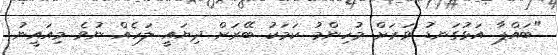
"ބައްޕާ އަޅުގަނޑު ވަރަށް މުހިންމު ކަމަކު ބޭރަށް ދިޔައީ ލަހެއް ނުވެ މިއައީނު